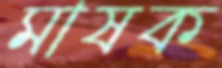
মাষক